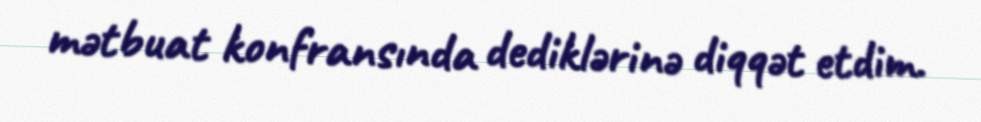
mətbuat konfransında dediklərinə diqqət etdim.